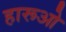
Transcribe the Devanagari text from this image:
हारूओ